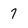
Character: 7